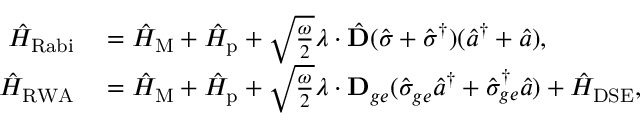
\begin{array} { r l } { \hat { H } _ { \mathrm { R a b i } } } & { { } = \hat { H } _ { \mathrm { M } } + \hat { H } _ { \mathrm { p } } + \sqrt { \frac { \omega } { 2 } } \boldsymbol { \lambda } \cdot \hat { \mathbf { D } } ( \hat { \sigma } + \hat { \sigma } ^ { \dag } ) ( \hat { a } ^ { \dag } + \hat { a } ) , } \\ { \hat { H } _ { \mathrm { R W A } } } & { { } = \hat { H } _ { \mathrm { M } } + \hat { H } _ { \mathrm { p } } + \sqrt { \frac { \omega } { 2 } } \boldsymbol { \lambda } \cdot \mathbf { D } _ { g e } ( \hat { \sigma } _ { g e } \hat { a } ^ { \dag } + \hat { \sigma } _ { g e } ^ { \dag } \hat { a } ) + \hat { H } _ { \mathrm { D S E } } , } \end{array}